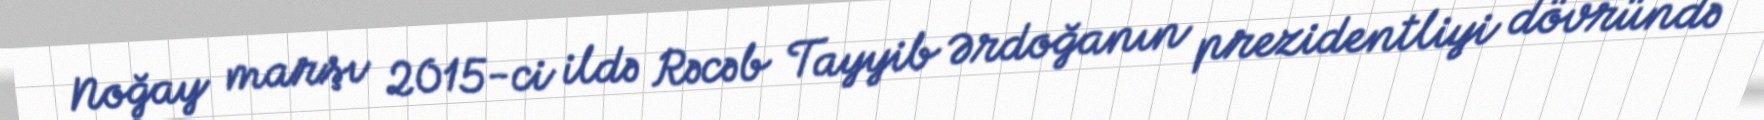
Noğay marşı 2015-ci ildə Rəcəb Tayyib Ərdoğanın prezidentliyi dövründə